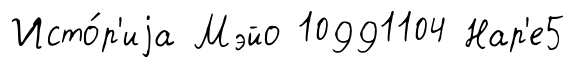
Исто́р'иjа Мэйо 10991104 Нар'е5